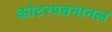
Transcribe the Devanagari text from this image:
कोटरपवनानल